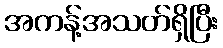
အကန့်အသတ်ရှိပြီး